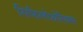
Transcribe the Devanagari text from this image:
सिफैलोथोरैक्स